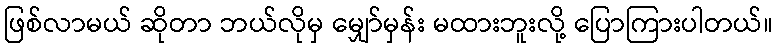
ဖြစ်လာမယ် ဆိုတာ ဘယ်လိုမှ မျှော်မှန်း မထားဘူးလို့ ပြောကြားပါတယ်။